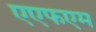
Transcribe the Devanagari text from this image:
एएफएम